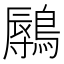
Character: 𬷨